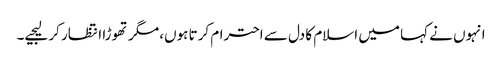
انہوں نے کہا میں اسلام کا دل سے احترام کرتا ہوں، مگر تھوڑا انتظار کر لیجیے۔